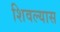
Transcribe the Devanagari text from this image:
शिवल्यास